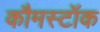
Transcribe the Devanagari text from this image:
कौमस्टॉक